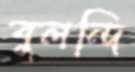
বুলন্দি